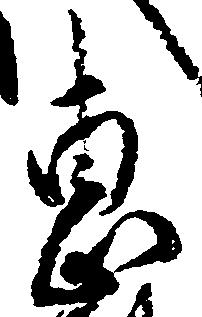
恵